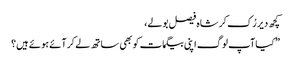
کچھ دیر رُک کر شاہ فیصل بولے،
” کیا آپ لوگ اپنی بیگمات کو بھی ساتھ لے کر آئے ہوئے ہیں؟